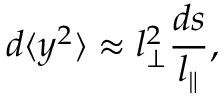
d \langle y ^ { 2 } \rangle \approx l _ { \bot } ^ { 2 } \frac { d s } { l _ { \| } } ,